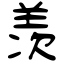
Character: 羡